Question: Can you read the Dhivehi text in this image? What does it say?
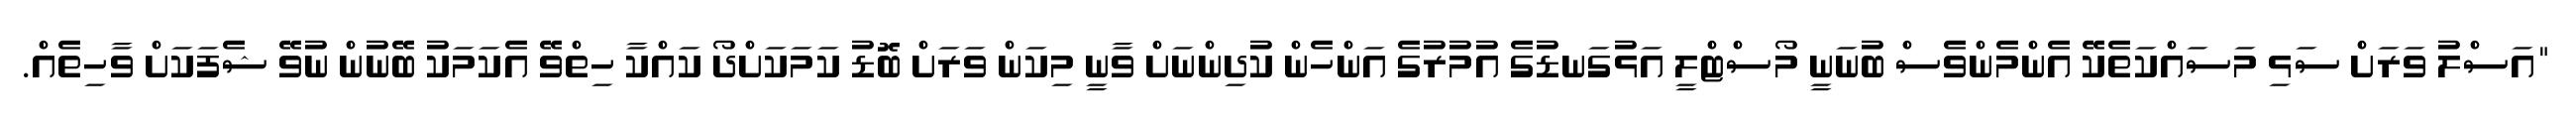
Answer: "އަސްލު ވަރަށް ސަޅި މަސައްކަތެކޭ އެންމެންވެސް ބުނަނީ މޯސްޓްލީ އަޅުގަނޑުގެ އުމުރުގެ އަންހެން ކުދިންނަށް ވާނީ މިކަން ވަރަށް ބޮޑު ކަމަކަށްދޯ ކައްކާ ހިތްވޭ އެކަމަކު ބޭނުން ނުވޭ ޝެފަކަށް ވާހިތެއް.